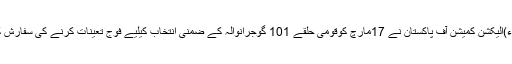
2016ء)الیکشن کمیشن آف پاکستان نے 17مارچ کوقومی حلقے 101 گوجرانوالہ کے ضمنی انتخاب کیلیے فوج تعینات کرنے کی سفارش کی ہے۔